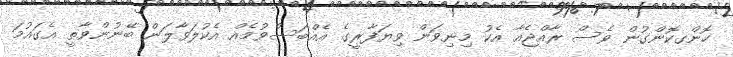
ހޮންގކޮންގުން ވެސް ރާއްޖެއާ އެކު މިނިވަން ވިޔަފާރީގެ އެއްބަސްވުމެއް އެކުލަވާލަން ބޭނުންވާތީ އެގައުމަ